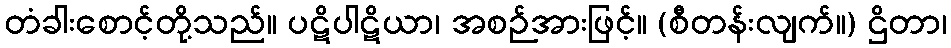
တံခါးစောင့်တို့သည်။ ပဋိပါဋိယာ၊ အစဉ်အားဖြင့်။ (စီတန်းလျက်။) ဌိတာ၊